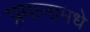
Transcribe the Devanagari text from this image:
प्रमानामधे